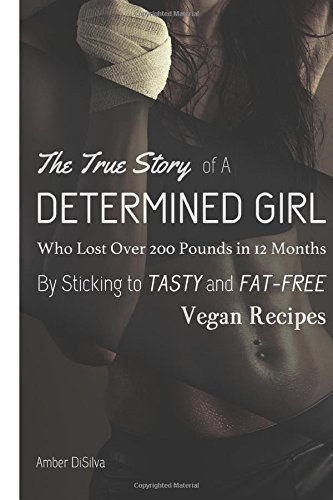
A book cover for The True Story of A Determined Girl Who Lost Over 200 Pounds in 12 Months By Sticking to Tasty and Low-Fat Vegan Recipes; Amber Disilva; Health, Fitness & Dieting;